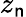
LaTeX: z_{\mathsf{n}}